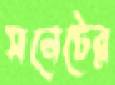
সনেটের